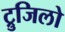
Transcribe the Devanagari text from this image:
ट्रुजिलो